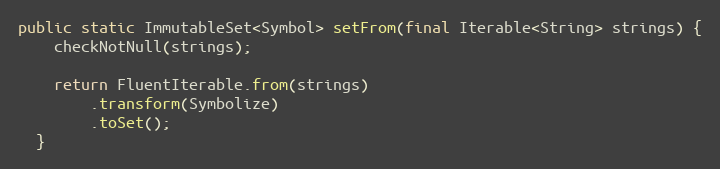
Language: Java
public static ImmutableSet<Symbol> setFrom(final Iterable<String> strings) {
    checkNotNull(strings);

    return FluentIterable.from(strings)
        .transform(Symbolize)
        .toSet();
  }